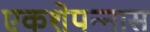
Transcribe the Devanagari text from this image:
एकशेपन्‍नास